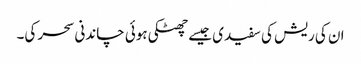
ان کی ریش کی سفیدی جیسے چھٹکی ہوئی چاندنی سحر کی۔